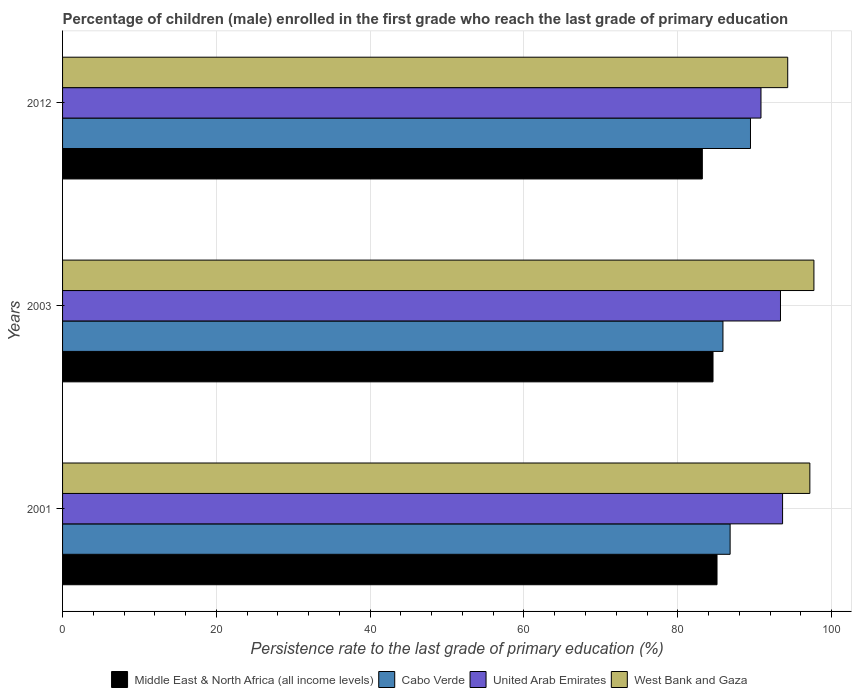
| Years | Middle East & North Africa (all income levels) | Cabo Verde | United Arab Emirates | West Bank and Gaza |
 | --- | --- | --- | --- | --- |
 | 2001 | 85.1 | 86.8 | 93.6 | 97.2 |
 | 2003 | 84.6 | 85.9 | 93.4 | 97.7 |
 | 2012 | 83.2 | 89.5 | 90.8 | 94.3 |